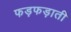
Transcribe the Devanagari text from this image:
फड़फड़ाती